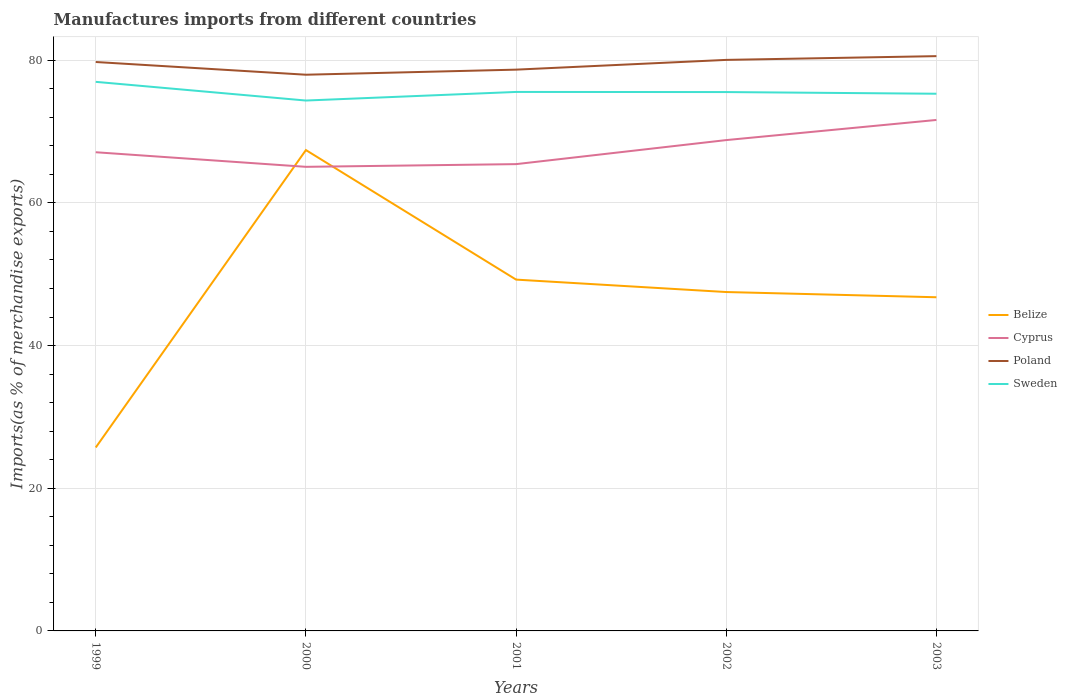
| Years | Belize | Cyprus | Poland | Sweden |
 | --- | --- | --- | --- | --- |
 | 1999 | 25.7 | 67.1 | 79.7 | 77 |
 | 2000 | 67.4 | 65.1 | 78 | 74.3 |
 | 2001 | 49.2 | 65.4 | 78.7 | 75.5 |
 | 2002 | 47.5 | 68.8 | 80 | 75.5 |
 | 2003 | 46.8 | 71.6 | 80.6 | 75.3 |